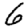
Digit: 6